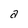
Character: a